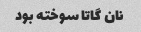
نان گاتا سوخته بود